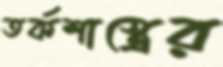
তর্কশাস্ত্রের